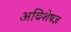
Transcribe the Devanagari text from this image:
अविशेषज्ञ